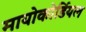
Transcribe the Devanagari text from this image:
मायोकोर्डियल